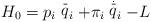
LaTeX: \begin{align*}H_0=p_i\stackrel{\_}{q}_i+\pi _i\stackrel{\stackrel{.}{\_}}{q}_i-L\end{align*}